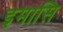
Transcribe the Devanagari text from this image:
इमासि